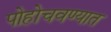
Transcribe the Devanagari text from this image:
पोहोचवण्यात